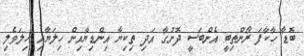
ބޮޑާ ހާކާފަ ރޯންތިބީ އެންބަސީ ދޮށުގާ އަދި ތިކިޔާ އިންޑިޔާއިން ހިލަޔާއި ހިލަވެލި